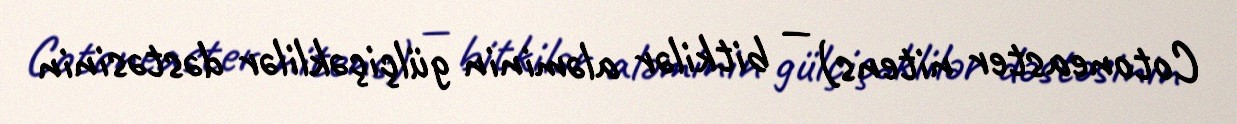
Cotoneaster nitens) — bitkilər aləminin gülçiçəklilər dəstəsinin